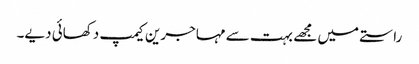
راستے میں مجھے بہت سے مہاجرین کیمپ دکھائی دیے۔